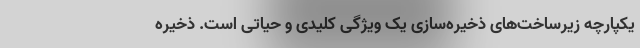
یکپارچه زیرساخت‌های ذخیره‌سازی یک ویژگی کلیدی و حیاتی است. ذخیره‌